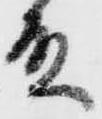
殿